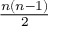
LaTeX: \textstyle { \frac { n ( n - 1 ) } { 2 } }